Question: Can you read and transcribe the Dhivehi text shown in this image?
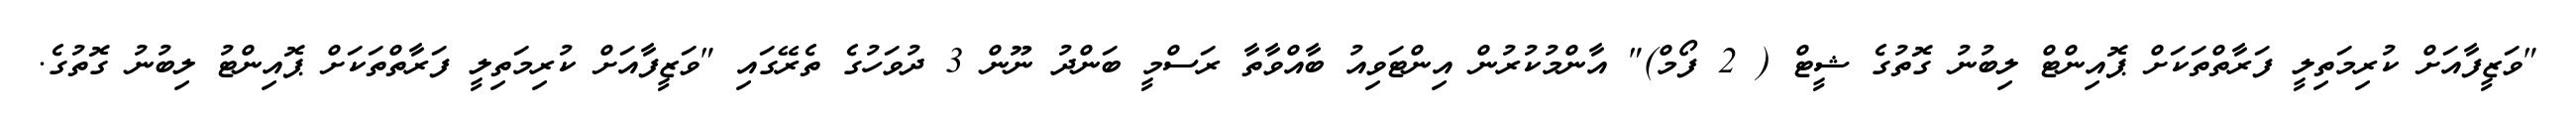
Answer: "ވަޒީފާއަށް ކުރިމަތިލީ ފަރާތްތަކަށް ޕޮއިންޓް ލިބުނު ގޮތުގެ ޝީޓް ( 2 ފޯމް)" އާންމުކުރުން އިންޓަވިއު ބާއްވާތާ ރަސްމީ ބަންދު ނޫން 3 ދުވަހުގެ ތެރޭގައި "ވަޒީފާއަށް ކުރިމަތިލީ ފަރާތްތަކަށް ޕޮއިންޓު ލިބުނު ގޮތުގެ.